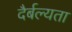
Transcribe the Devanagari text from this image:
दैर्बल्यता